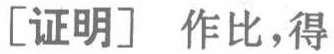
[证明] 作比，得